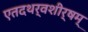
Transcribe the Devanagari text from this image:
एतदथर्वशीर्षम्‌